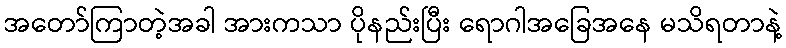
အတော်ကြာတဲ့အခါ အားကသာ ပိုနည်းပြီး ရောဂါအခြေအနေ မသိရတာနဲ့